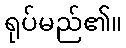
ရုပ်မည်၏။